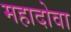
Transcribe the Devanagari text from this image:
महादोवा